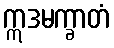
ဣဒမက္ခာတံ